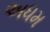
અધમ